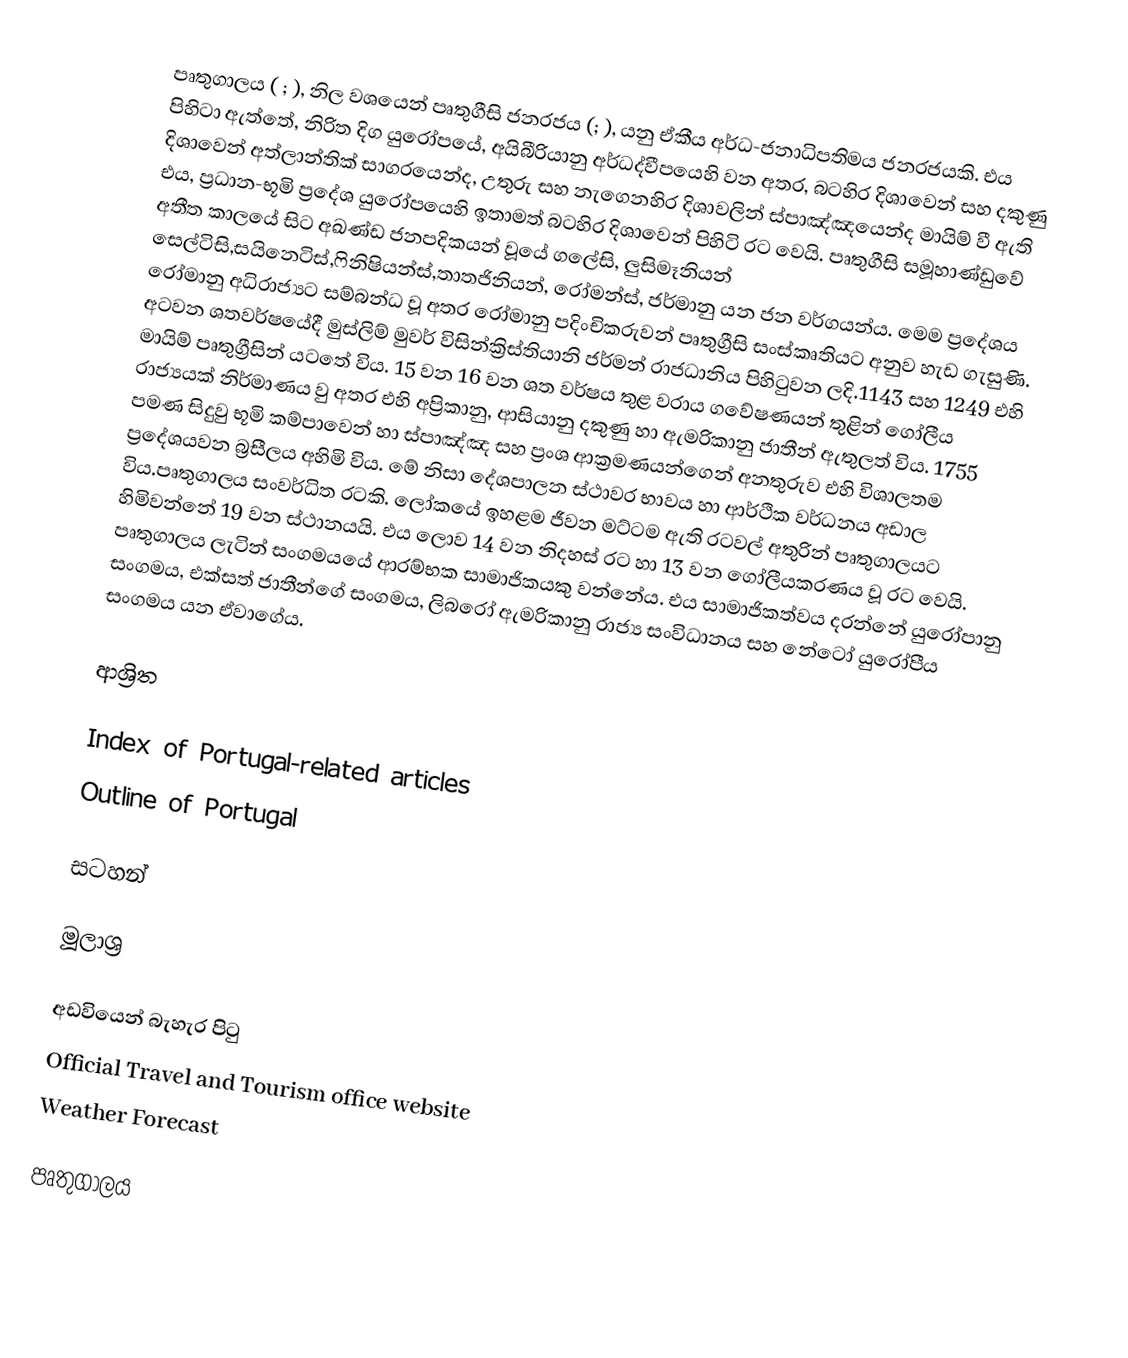
පෘතුගාලය ( ; ), නිල වශයෙන් පෘතුගීසි ජනරජය (; ), යනු   ඒකීය අර්ධ-ජනාධිපතිමය ජනරජයකි. එය පිහිටා ඇත්තේ, නිරිත දිග යුරෝපයේ, අයිබීරියානු අර්ධද්වීපයෙහි වන අතර, බටහිර දිශාවෙන් සහ දකුණු දිශාවෙන් අත්ලාන්තික් සාගරයෙන්ද, උතුරු සහ නැගෙනහිර දිශාවලින් ස්පාඤ්ඤයෙන්ද මායිම් වී ඇති එය,    ප්‍රධාන-භූමි ප්‍රදේශ යුරෝපයෙහි ඉතාමත් බටහිර දිශාවෙන් පිහිටි රට වෙයි.  පෘතුගීසි සමූහාණ්ඩුවේ අතීත කාලයේ සිට අඛණ්ඩ ජනපදිකයන් වූයේ ගලේසි, ලුසිමෑනියන් සෙල්ටිසි,සයිනෙටිස්,ෆිනිෂියන්ස්,තාතජිනියන්, රෝමන්ස්, ජර්මානු යන ජන වර්ගයන්ය. මෙම ප්‍රදේශය රෝමානු අධිරාජ්‍යට සම්බන්ධ වූ අතර රෝමානු පදිංචිකරුවන් පෘතුග්‍රීසි සංස්කෘතියට අනුව හැඩ ගැසුණි. අටවන ශතවර්ෂයේදී මුස්ලිම් මුවර් විසින්ක්‍රිස්තියානි ජර්මන් රාජධානිය පිහිටුවන ලදි.1143 සහ 1249 එහි මායිම් පෘතුග්‍රීසින් යටතේ විය. 15 වන 16 වන ශත වර්ෂය තුළ වරාය ගවේෂණයන් තුළින් ගෝලීය රාජ්‍යයක් නිර්මාණය වු අතර එහි අප්‍රිකානු, ආසියානු දකුණු හා ඇමරිකානු ජාතීන් ඇතුලත් විය. 1755 පමණ සිදුවු භූමි කම්පාවෙන් හා ස්පාඤ්ඤ සහ ප්‍රංශ ආක්‍රමණයන්ගෙන් අනතුරුව එහි විශාලතම ප්‍රදේශයවන බ්‍රසීලය අහිමි විය. මේ නිසා දේශපාලන ස්ථාවර භාවය හා ආර්ථික වර්ධනය අඩාල විය.පෘතුගාලය සංවර්ධිත රටකි. ලෝකයේ ඉහළම ජීවන මට්ටම ඇති රටවල් අතුරින් පෘතුගාලයට හිමිවන්නේ 19 වන ස්ථානයයි. එය ලොව 14 වන නිදහස් රට හා 13 වන ගෝලීයකරණය වූ රට වෙයි. පෘතුගාලය ලැටින් සංගමයයේ ආරම්භක සාමාජිකයකු වන්නේය. එය සාමාජිකත්වය දරන්නේ යු‍රෝපානු සංගමය, එක්සත් ජාතීන්ගේ සංගමය, ලිබරෝ ඇමරිකානු රාජ්‍ය සංවිධානය සහ නේටෝ යුරෝපීය සංගමය යන ඒවාගේය.

ආශ්‍රිත

 Index of Portugal-related articles
 Outline of Portugal

සටහන්

මූලාශ්‍ර

අඩවියෙන් බැහැර පිටු
 Official Travel and Tourism office website
 Weather Forecast

පෘතුගාලය